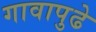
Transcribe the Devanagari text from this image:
गावापुढे